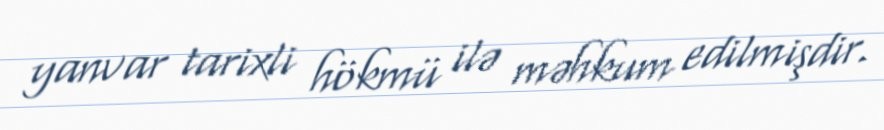
yanvar tarixli hökmü ilə məhkum edilmişdir.